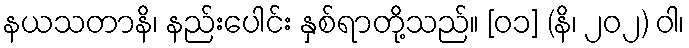
နယသတာနိ၊ နည်းပေါင်း နှစ်ရာတို့သည်။ [၀၁] (နိ၊ ၂၀၂) ဝါ၊